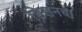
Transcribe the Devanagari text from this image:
डिलनचा